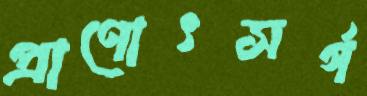
প্রাণোৎসর্গ